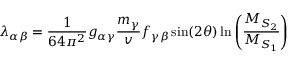
\lambda _ { \alpha \beta } = \frac { 1 } { 6 4 \pi ^ { 2 } } g _ { \alpha \gamma } \frac { m _ { \gamma } } { v } f _ { \gamma \beta } \sin ( 2 \theta ) \ln \left( \frac { M _ { S _ { 2 } } } { M _ { S _ { 1 } } } \right)